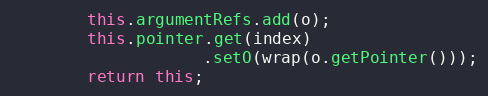
Language: Java
        this.argumentRefs.add(o);
        this.pointer.get(index)
                    .setO(wrap(o.getPointer()));
        return this;